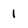
Character: 1